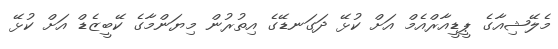
މެލޭޝިއާގެ ޕީޑީއާރްއެމް އަށް ކުޅޭ ދަގަނޑޭގެ އިތުރުން މިޔަންމާގެ ކޭބީޒެޑް އަށް ކުޅޭ